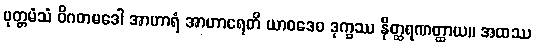
ပုတ္တမံသံ ဝိဂတမဒေါ အာဟာရံ အာဟာရေတိ ယာဝဒေဝ ဒုက္ခဿ နိတ္ထရဏတ္ထာယ။ အထဿ